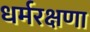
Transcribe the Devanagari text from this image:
धर्मरक्षणा